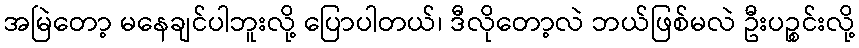
အမြဲတော့ မနေချင်ပါဘူးလို့ ပြောပါတယ်၊ ဒီလိုတော့လဲ ဘယ်ဖြစ်မလဲ ဦးပဉ္စင်းလို့